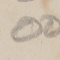
٥٥